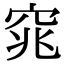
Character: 窕